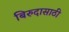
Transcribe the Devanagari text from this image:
बिरुदासाठी